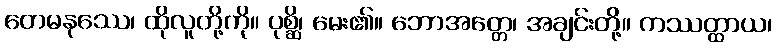
တေမနုဿေ၊ ထိုလူတို့ကို။ ပုစ္ဆိ၊ မေး၏။ ဘောအတ္တေ၊ အချင်းတို့။ ကဿတ္ထာယ၊